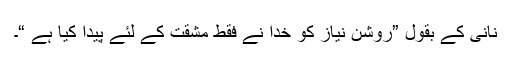
نانی کے بقول ”روشن نیاز کو خدا نے فقط مشقت کے لئے پیدا کیا ہے “۔